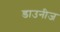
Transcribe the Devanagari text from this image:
डाउनीज